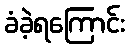
ခံခဲ့ရကြောင်း